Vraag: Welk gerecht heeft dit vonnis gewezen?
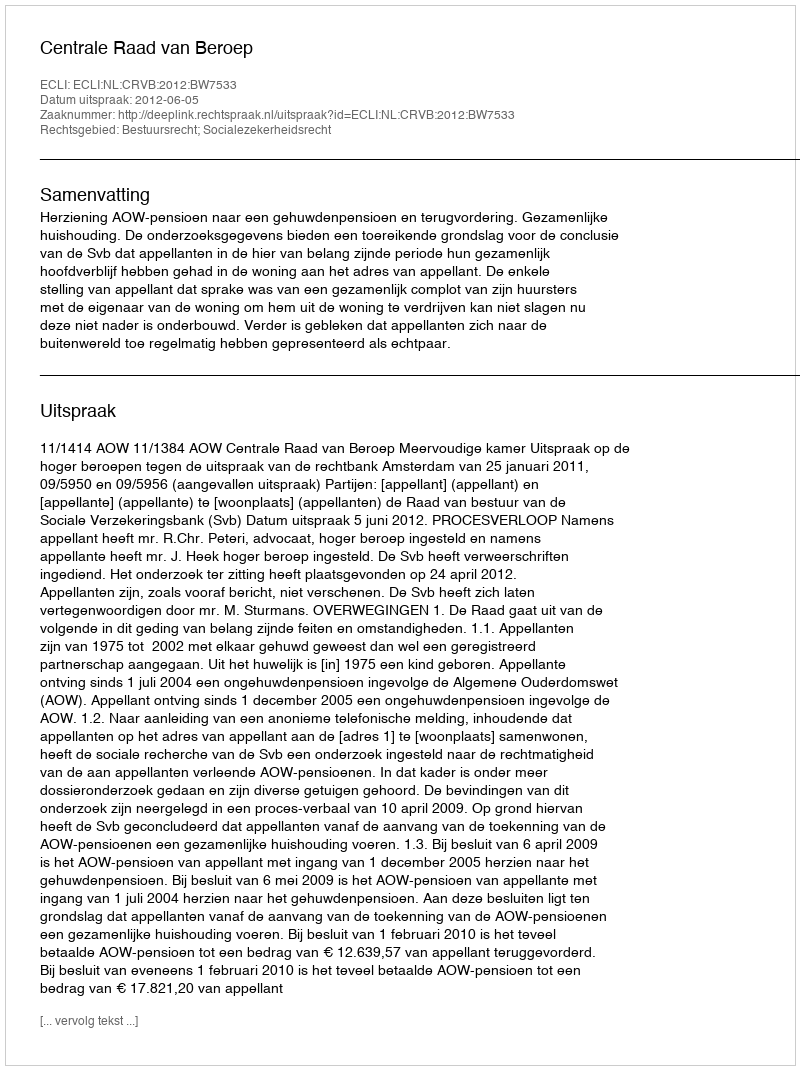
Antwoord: Centrale Raad van Beroep